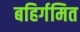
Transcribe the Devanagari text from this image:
बहिर्गमित